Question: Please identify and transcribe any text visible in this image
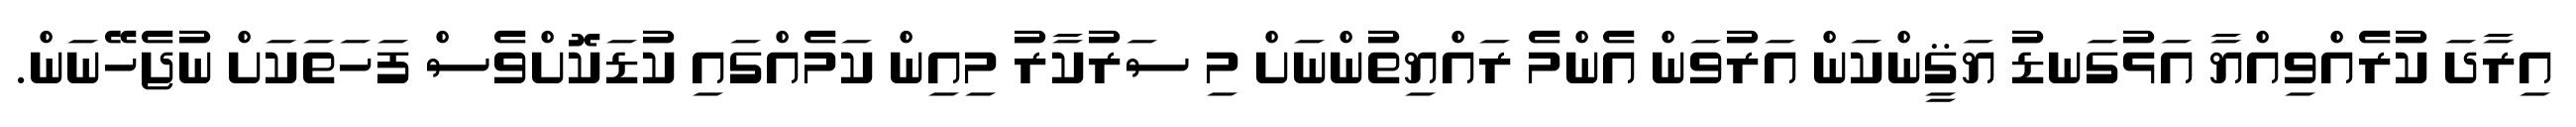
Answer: އިރާދަ ކުރެއްވިއްޔާ އަޅުގަނޑު ޔަޤީންކަން އަރުވަން އެންމެ ރައްޔިތުންނަށް މި ސަރުކާރު މިއިން ކަމެއްގައި ކުޑަކޮށްވެސް ފަހަތަކަށް ނުޖެހޭނަން.